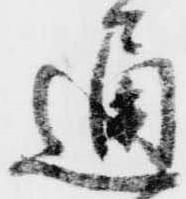
通